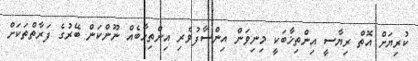
ކުރިޔަށް އޮތް ރިޔާސީ އިންތިޚާބަކީ މިނިވަން އިންސާފުވެރި އިންތިޚާބެއް ނޫންކަން ބޭރުގެ ފަރާތްތަަކަށް